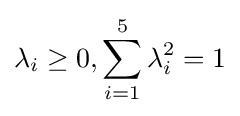
\lambda _{i}\geq 0,\sum _{i=1}^{5}\lambda _{i}^{2}=1